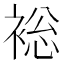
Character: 䙂